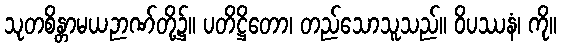
သုတစိန္တာမယဉာဏ်တို့၌။ ပတိဋ္ဌိတော၊ တည်သောသူသည်။ ဝိပဿနံ၊ ကို။